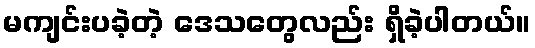
မကျင်းပခဲ့တဲ့ ဒေသတွေလည်း ရှိခဲ့ပါတယ်။